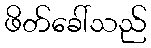
ဖိတ်ခေါ်သည်